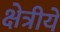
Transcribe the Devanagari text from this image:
क्षेत्रीये